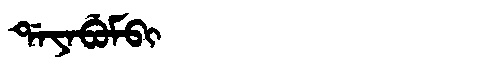
Manchu: ᡩᠠᠶᠠᠪᡠᠮᠪᡳ
Romanization: DAYABUMBI